Vabadussoja_Ajaloo_Komitee, lk 23
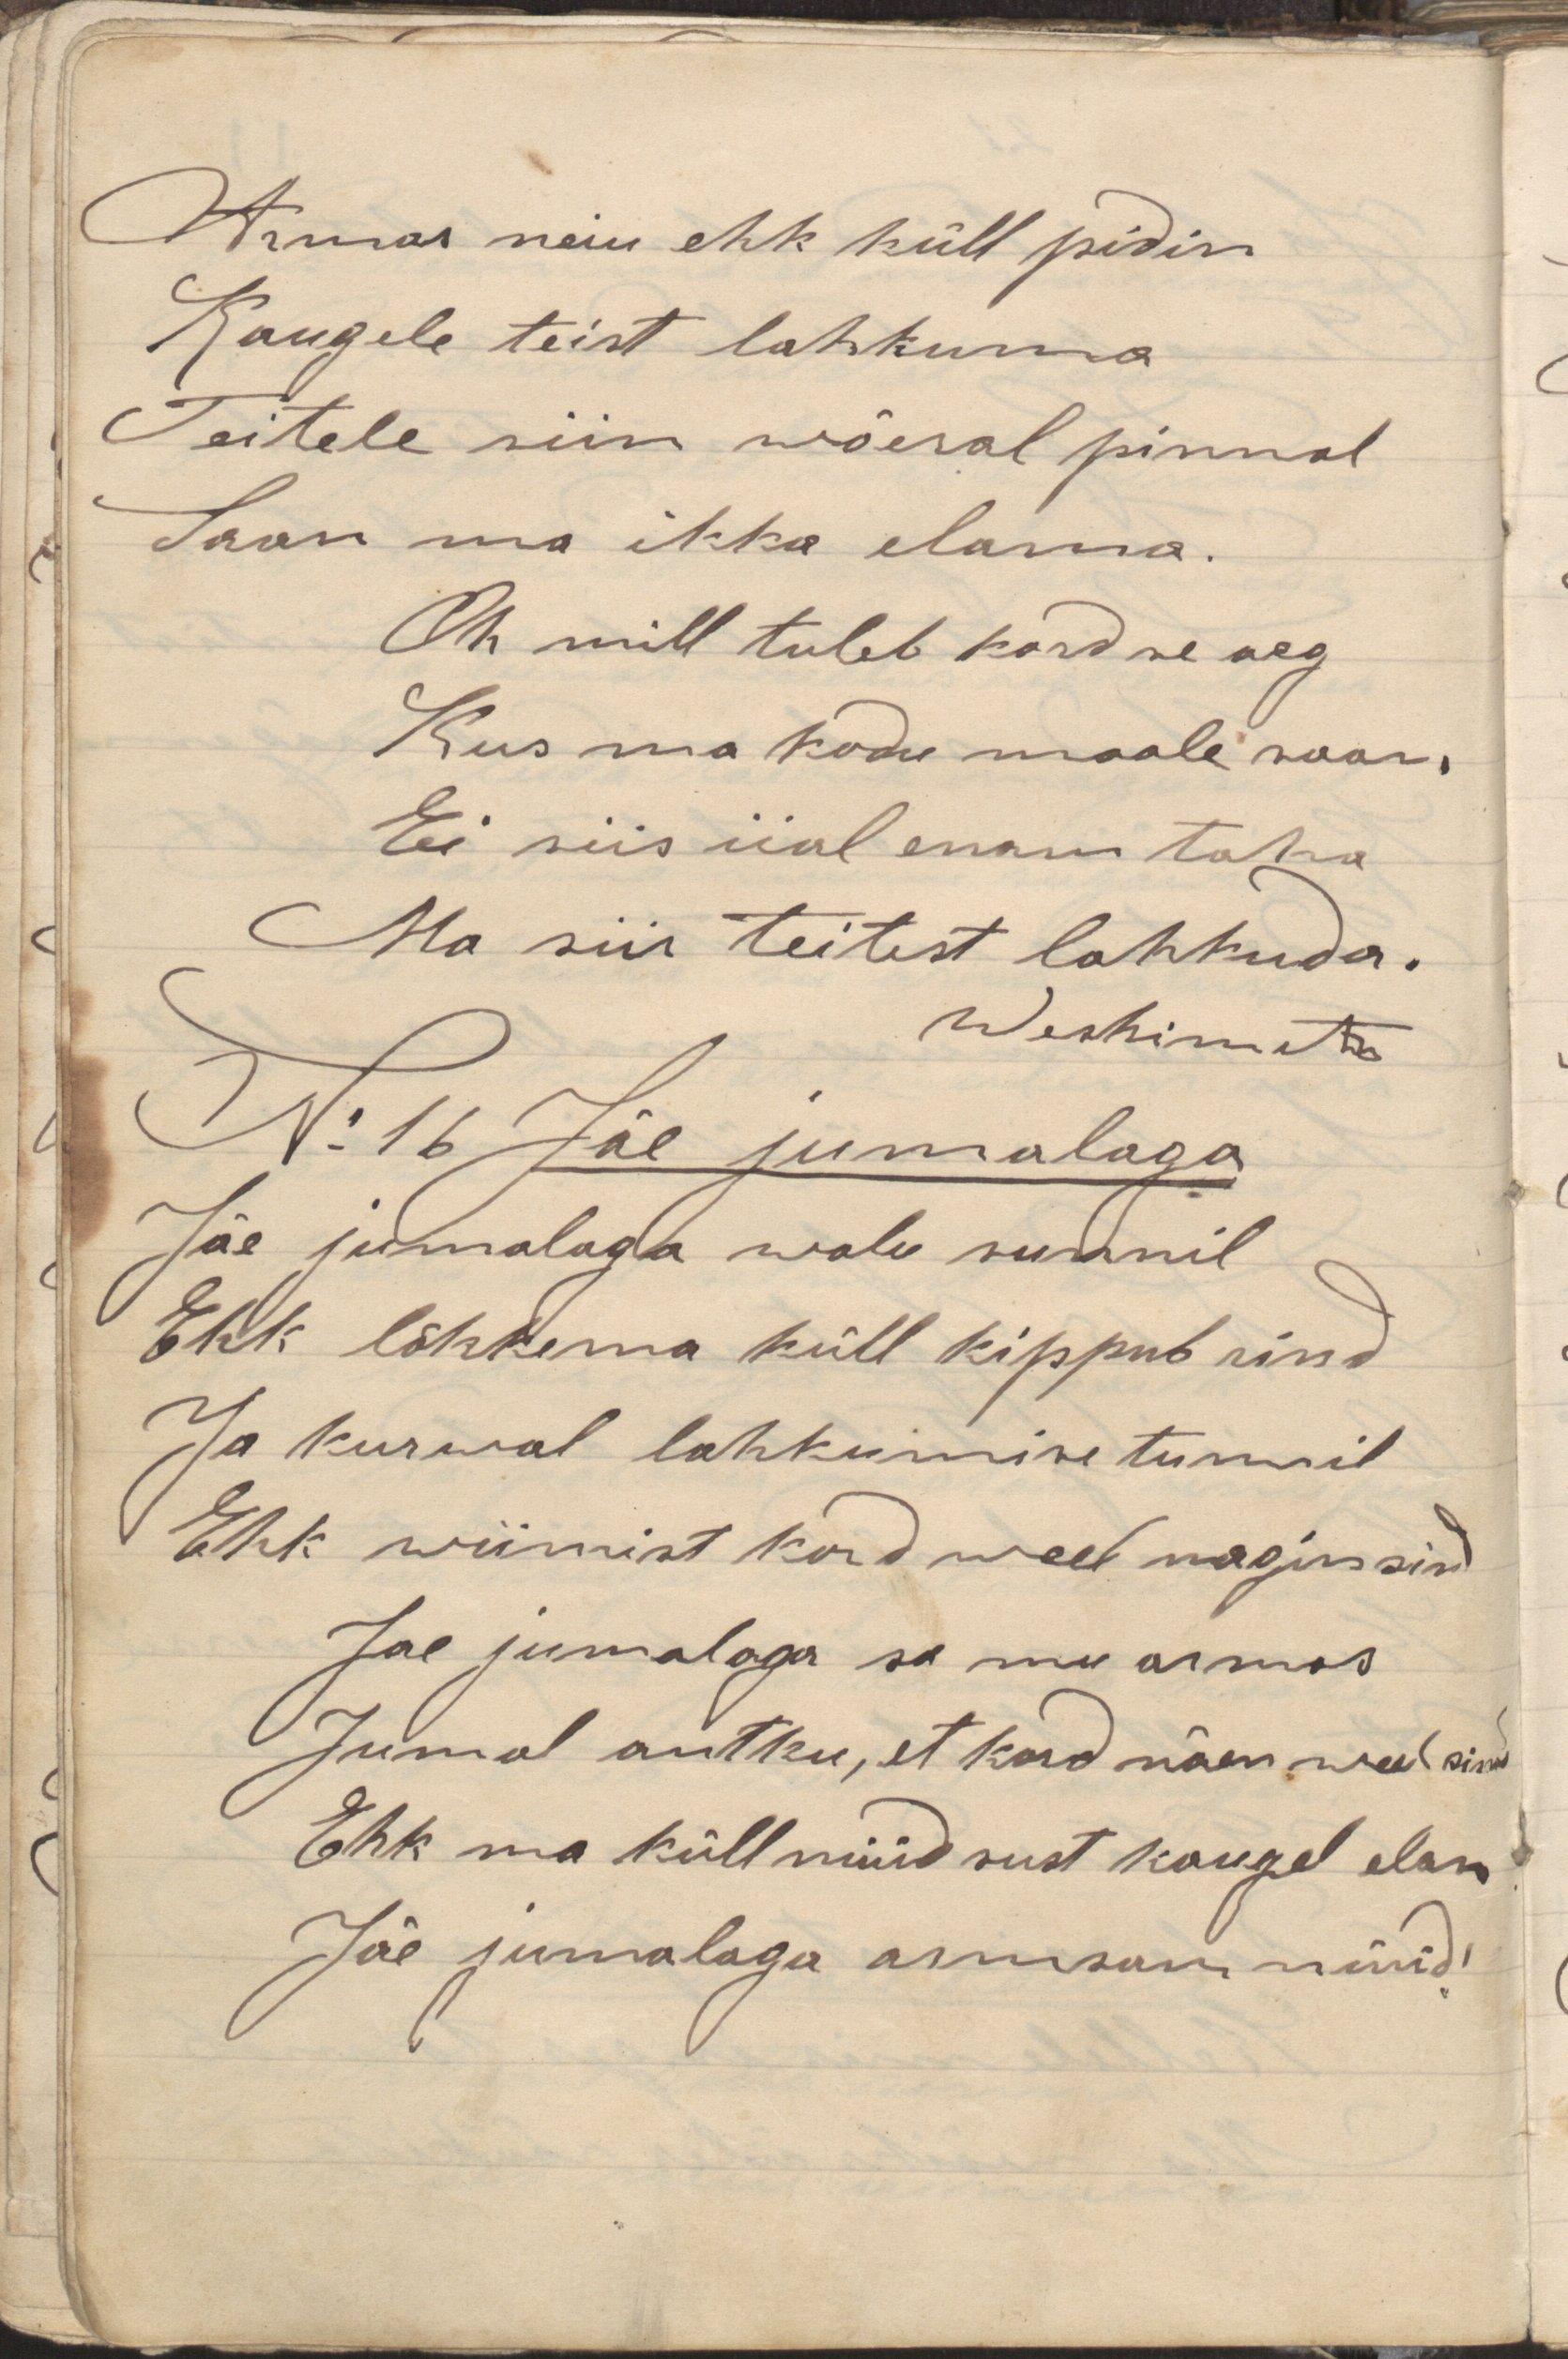
Armas neiu ehk küll pidin
Kaugele teist lahkuma
Teitele siin wõesal pinnal
Saan ma ikka elama.
Oh mill tuleb kord se aeg
Kus ma kodu maale saan,
Ei siis iial enam taha
Ma siis teitest lahkuda.
Weskimets
N: 16 Jäe jumalaga
Jäe jumalaga valu sunnil
Ehk lõhkema küll kippub rind
Ja kurwal lahkumise tunnil
Ehk wiimist kord weel nagin sind
Jae jumalaga sa mu armas
Jumal antku, et kord näen weel sind
Ehk ma küll nüüd sust kaugel elan
Jäe jumalaga armsam nüüd!